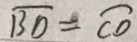
\overline { B D } = \overline { C D }